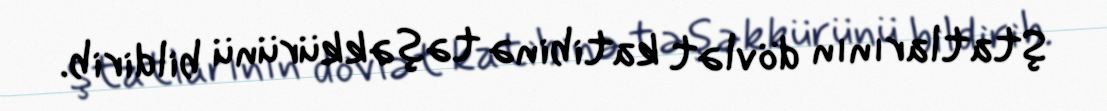
Ştatlarının dövlət katibinə təşəkkürünü bildirib.